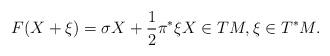
LaTeX: \begin{align*} F(X+\xi)= \sigma X+\frac{1}{2}\pi^*\xi X\in TM,\xi\in T^*M. \end{align*}